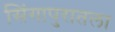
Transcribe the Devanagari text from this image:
सिंगापुरातला